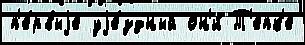
п'е́рвыjе уjе́здный он'и́ Т'епк'е